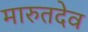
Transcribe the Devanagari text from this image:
मारुतदेव